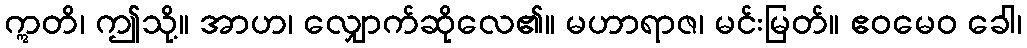
ဣတိ၊ ဤသို့။ အာဟ၊ လျှောက်ဆိုလေ၏။ မဟာရာဇ၊ မင်းမြတ်။ ဧဝမေဝ ခေါ၊